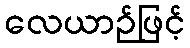
လေယာဉ်ဖြင့်